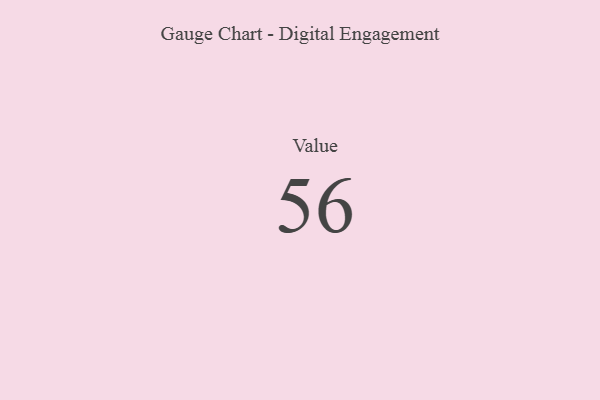
{"axis": {"x": "Metric", "y": "Value"}, "legend": [""], "data": [{"x": "Value", "y": 56, "type": ""}]}